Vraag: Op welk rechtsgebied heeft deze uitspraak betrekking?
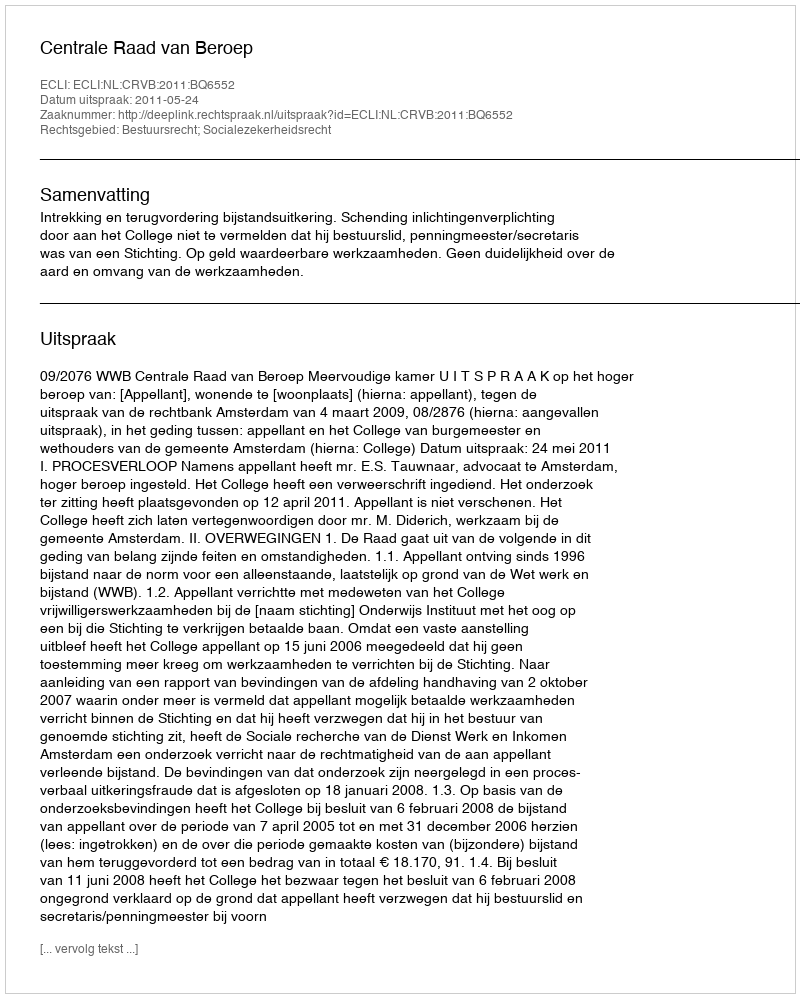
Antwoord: Bestuursrecht; Socialezekerheidsrecht